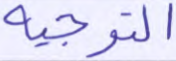
التوجيه